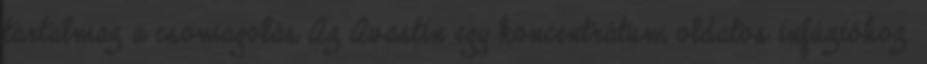
tartalmaz a csomagolás Az Avastin egy koncentrátum oldatos infúzióhoz.